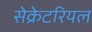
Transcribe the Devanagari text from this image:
सेक्रेटरियल